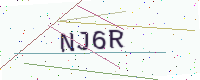
Text: NJ6R